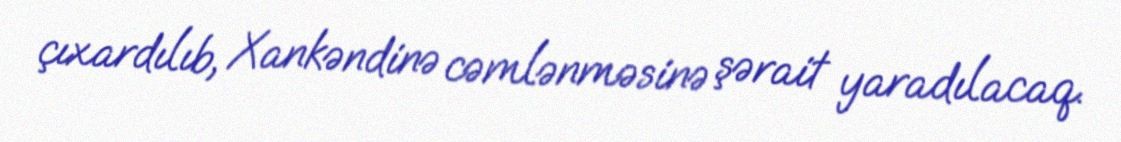
çıxardılıb, Xankəndinə cəmlənməsinə şərait yaradılacaq.